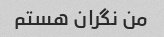
من نگران هستم